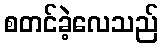
စတင်ခဲ့လေသည်